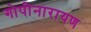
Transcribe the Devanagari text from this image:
गोपीनारायण